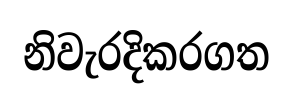
නිවැරදිකරගත